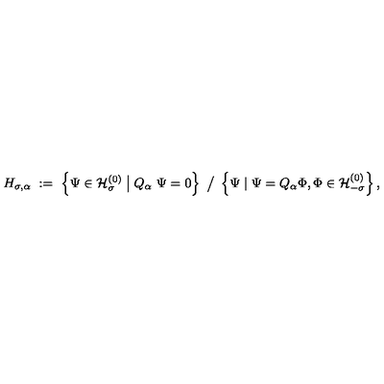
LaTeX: H _ { \sigma , \alpha } \ : = \ \left\{ \Psi \in { \mathcal H } _ { \sigma } ^ { ( 0 ) } \bigm | Q _ { \alpha } \ \Psi = 0 \right\} \ \big / \ \left\{ \Psi \mid \Psi = Q _ { \alpha } \Phi , \Phi \in { \mathcal H } _ { - \sigma } ^ { ( 0 ) } \right\} ,